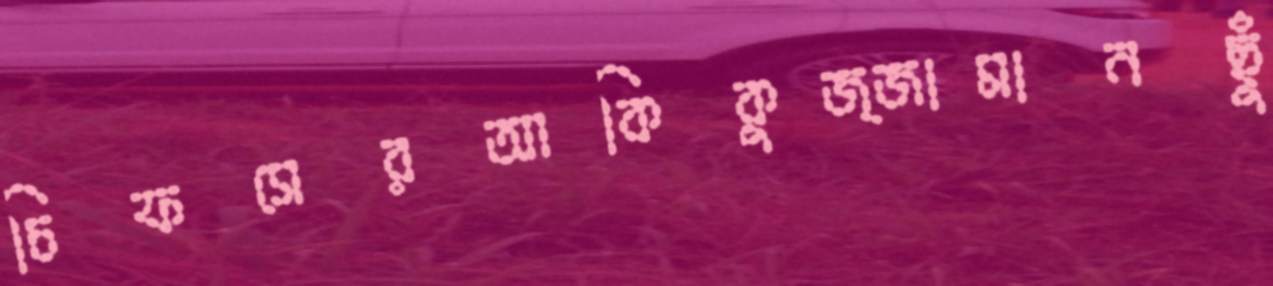
চিফসেরআকিকুজ্জামানছুঁ